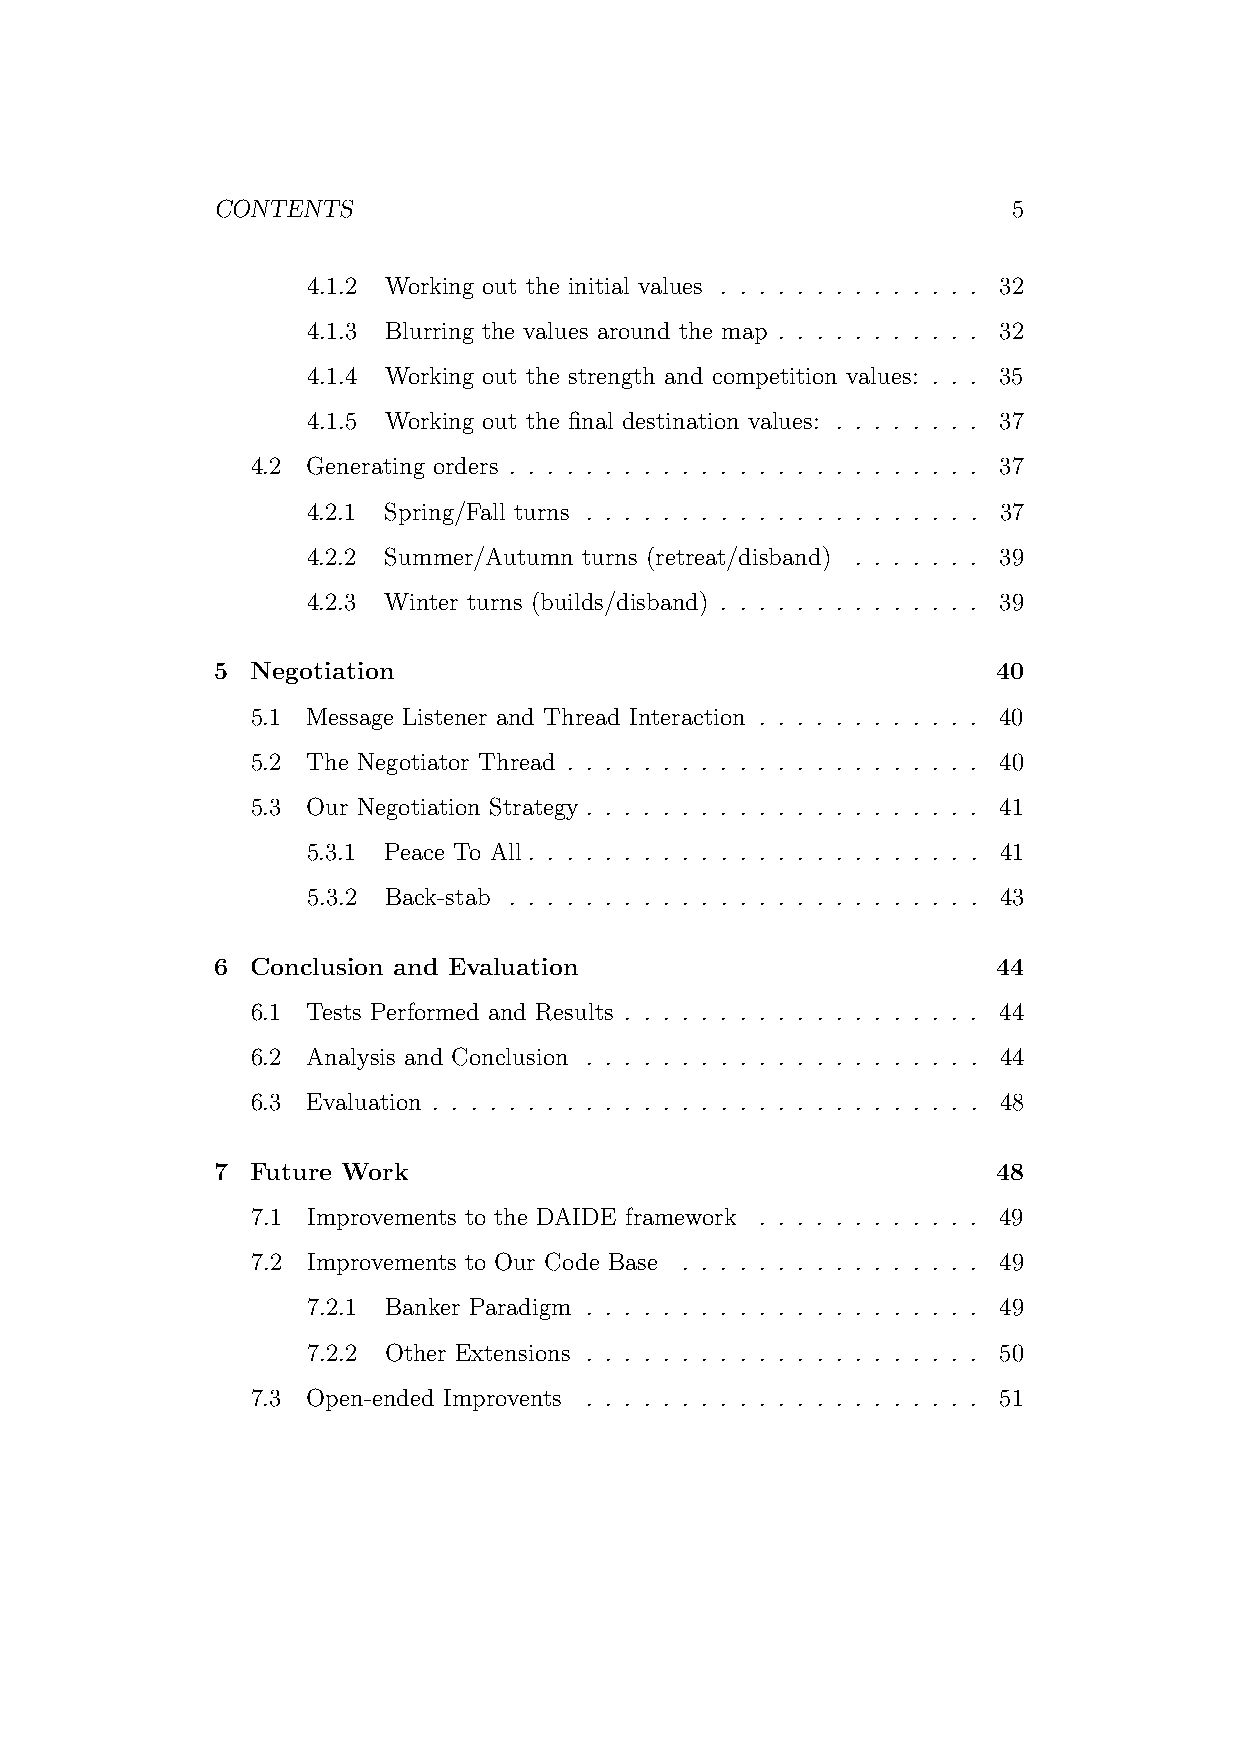
CONTENTS                                             5
 4.1.2 Working out the initial values . . . . . . . . . . . . . . 32
 4.1.3 Blurring the values around the map . . . . . . . . . . . 32
 4.1.4 Working out the strength and competition values: . . . 35
 4.1.5 Working out the final destination values: . . . . . . . . 37
 4.2 Generating orders . . . . . . . . . . . . . . . . . . . . . . . . . 37
 4.2.1 Spring/Fall turns . . . . . . . . . . . . . . . . . . . . . 37
 4.2.2 Summer/Autumn turns (retreat/disband) . . . . . . . 39
 4.2.3 Winter turns (builds/disband) . . . . . . . . . . . . . . 39
 5  Negotiation                                      40
 5.1 Message Listener and Thread Interaction . . . . . . . . . . . . 40
 5.2 The Negotiator Thread . . . . . . . . . . . . . . . . . . . . . . 40
 5.3 Our Negotiation Strategy . . . . . . . . . . . . . . . . . . . . . 41
 5.3.1 Peace To All . . . . . . . . . . . . . . . . . . . . . . . . 41
 5.3.2 Back-stab . . . . . . . . . . . . . . . . . . . . . . . . . 43
 6  Conclusion and Evaluation                        44
 6.1 Tests Performed and Results . . . . . . . . . . . . . . . . . . . 44
 6.2 Analysis and Conclusion . . . . . . . . . . . . . . . . . . . . . 44
 6.3 Evaluation . . . . . . . . . . . . . . . . . . . . . . . . . . . . . 48
 7  Future Work                                      48
 7.1 Improvements to the DAIDE framework . . . . . . . . . . . . 49
 7.2 Improvements to Our Code Base . . . . . . . . . . . . . . . . 49
 7.2.1 Banker Paradigm . . . . . . . . . . . . . . . . . . . . . 49
 7.2.2 Other Extensions . . . . . . . . . . . . . . . . . . . . . 50
 7.3 Open-ended Improvents . . . . . . . . . . . . . . . . . . . . . 51